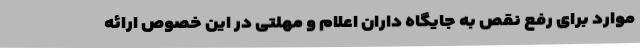
موارد برای رفع نقص به جایگاه داران اعلام و مهلتی در این خصوص ارائه